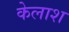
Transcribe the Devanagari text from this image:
केलाश